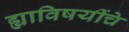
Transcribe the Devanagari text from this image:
ह्याविषयींचे